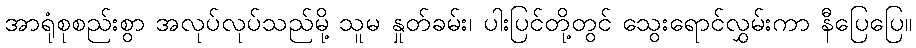
အာရုံစုစည်းစွာ အလုပ်လုပ်သည်မို့ သူမ နှုတ်ခမ်း၊ ပါးပြင်တို့တွင် သွေးရောင်လွှမ်းကာ နီပြေပြေ။